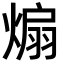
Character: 煽